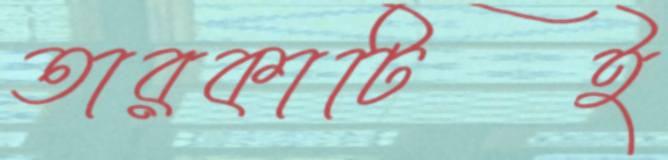
তারকাটিই